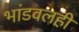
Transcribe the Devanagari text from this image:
भांडवलही